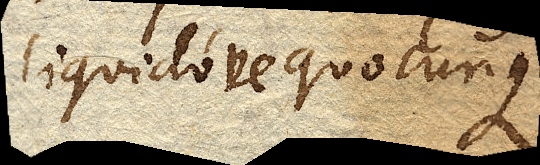
liquidove quocunque